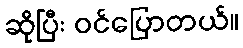
ဆိုပြီး ဝင်ပြောတယ်။